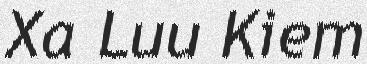
Xa Luu Kiem